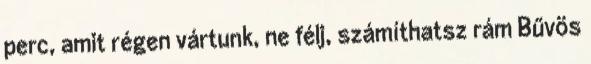
perc, amit régen vártunk, ne félj, számíthatsz rám Bűvös